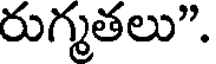
రుగ్మతలు".